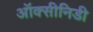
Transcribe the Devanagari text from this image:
ऑक्सीनिडी